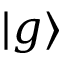
| g \rangle